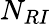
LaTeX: N_{RI}